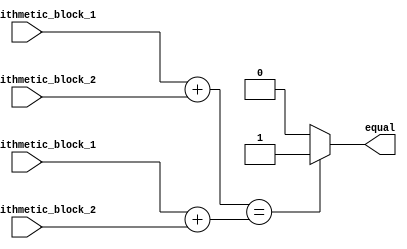
module Arithmetic_Equality_Comparator (
    input wire [31:0] set1_arithmetic_block_1,
    input wire [31:0] set1_arithmetic_block_2,
    input wire [31:0] set2_arithmetic_block_1,
    input wire [31:0] set2_arithmetic_block_2,
    output reg equal
);

    reg [31:0] result_set1;
    reg [31:0] result_set2;
    
    always @* begin
        result_set1 = set1_arithmetic_block_1 + set1_arithmetic_block_2;
        result_set2 = set2_arithmetic_block_1 + set2_arithmetic_block_2;
        
        if(result_set1 == result_set2) begin
            equal = 1;
        end else begin
            equal = 0;
        end
    end

endmodule